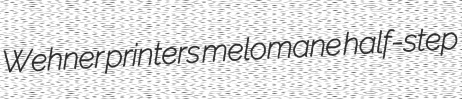
Wehner printers melomane half-step